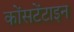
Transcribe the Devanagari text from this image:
कोंसटेंटाइन